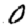
Digit: 0